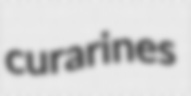
curarines